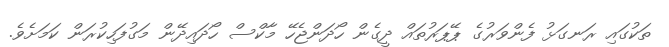
ތަކުގައި ރަނގަޅު ފެންވަރުގެ ޕޭޕަރުތައް ދީގެން ހޯދަންޖެހޭ މާކްސް ހޯދައިދޭން މަގުފަހިކުރަން ކަމަށެވެ.